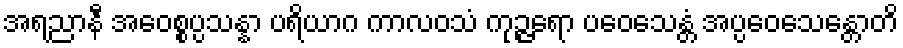
အရညာနီ အဝေစ္စပ္ပသန္နာ ပရိယာဂ ကာလဝသံ ကုဉ္ဇရော ပဝေသေန္တံ အပ္ပဝေသေန္တောတိ